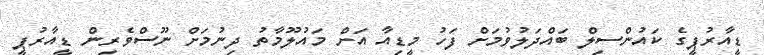
ޑީއާރުޕީގެ ކައުންސިލް ބައްދަލުވުމަށް ފަހު މީޑިއާ އަށް މައުލޫމާތު ދިނުމަށް ނޫސްވެރިން ޑީއާރުޕީ